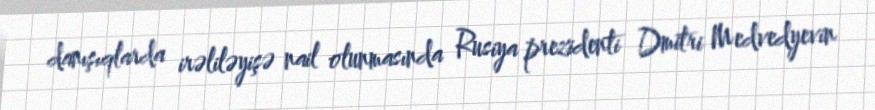
danışıqlarda irəliləyişə nail olunmasında Rusiya prezidenti Dmitri Medvedyevin